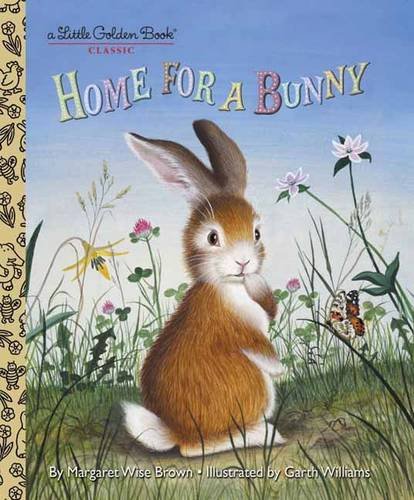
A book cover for Home for a Bunny (Little Golden Book); Margaret Wise Brown; Children's Books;